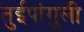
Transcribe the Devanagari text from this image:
तुईपांगुली